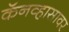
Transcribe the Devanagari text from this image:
कॅनव्हासावर